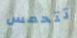
تتحمس